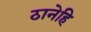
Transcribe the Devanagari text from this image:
ठानेहि